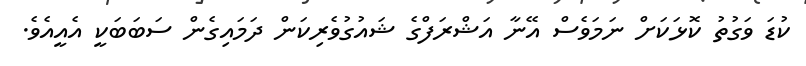
ކުޑަ ވަގުތު ކޮޅަކަށް ނަމަވެސް އޭނާ އަޝްރަފްގެ ޝައުގުވެރިކަން ދަމައިގެން ސަބަބަކީ އެއީއެވެ.